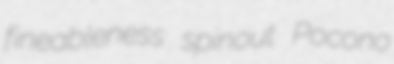
fineableness spinout Pocono